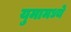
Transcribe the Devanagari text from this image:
युमामध्ये